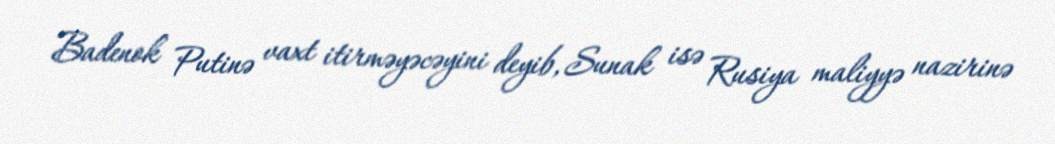
Badenok Putinə vaxt itirməyəcəyini deyib, Sunak isə Rusiya maliyyə nazirinə